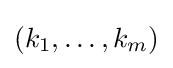
(k_{1},\dots ,k_{m})